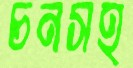
চনসহ